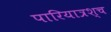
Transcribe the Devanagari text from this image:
पारियात्रश्च